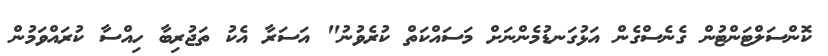
ކޮންސަލްޓަންޓުން ގެނެސްގެން އަޅުގަނޑުމެންނަށް މަސައްކަތް ކުރެވުނު" އަސަރާ އެކު ތަޖުރިބާ ހިއްސާ ކުރައްވަމުން